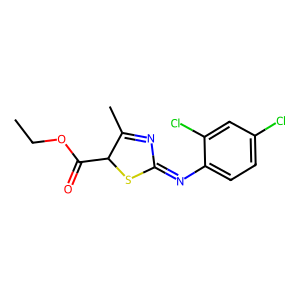
SMILES: CCOC(=O)C1SC(=Nc2ccc(Cl)cc2Cl)N=C1C
Inhibits HIV replication: No